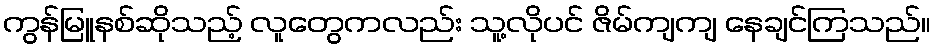
ကွန်မြူနစ်ဆိုသည့် လူတွေကလည်း သူ့လိုပင် ဇိမ်ကျကျ နေချင်ကြသည်။